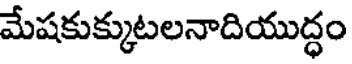
మేషకుక్కుటలనాదియుద్ధం